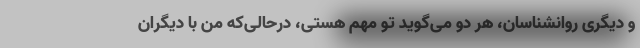
و دیگری روانشناسان، هر دو می‌گوید تو مهم هستی، درحالی‌که من با دیگران